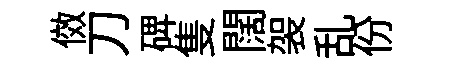
傚刀𥓓隻闊袈乱份